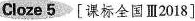
Cloze 5[课标全国Ⅲ2018]